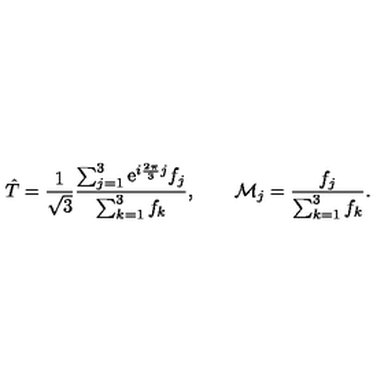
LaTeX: \hat { T } = { \frac { 1 } { \sqrt { 3 } } } { \frac { \sum _ { j = 1 } ^ { 3 } \mathrm { e } ^ { i { \frac { 2 \pi } { 3 } } j } f _ { j } } { \sum _ { k = 1 } ^ { 3 } f _ { k } } } , \qquad { \cal M } _ { j } = { \frac { f _ { j } } { \sum _ { k = 1 } ^ { 3 } f _ { k } } } .